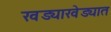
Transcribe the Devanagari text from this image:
खड्याखेड्यात